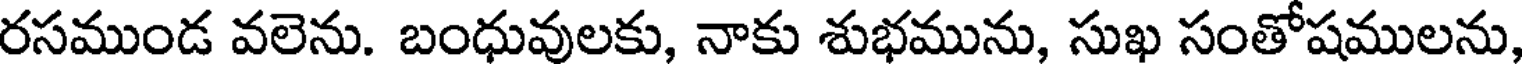
రసముండ వలెను. బంధువులకు, నాకు శుభమును, సుఖ సంతోషములను,